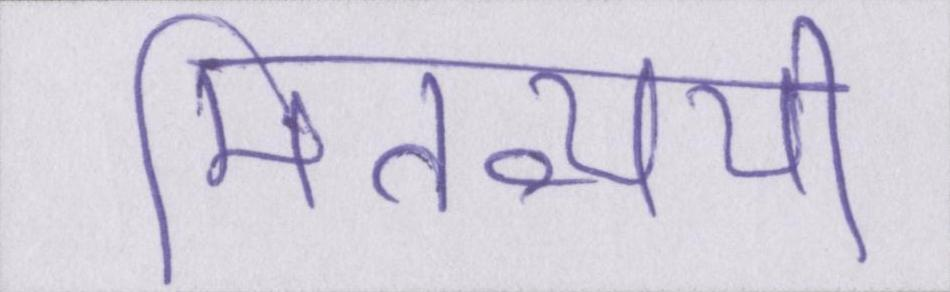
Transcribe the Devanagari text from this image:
मितव्ययी